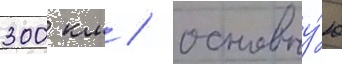
300 км / основну́ю